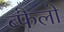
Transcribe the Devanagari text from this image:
ब्फैलो